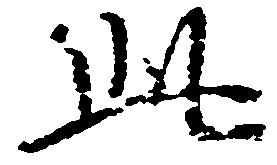
此